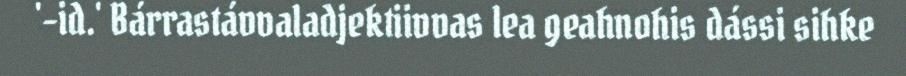
'-id.' Bárrastávvaladjektiivvas lea geahnohis dássi sihke